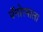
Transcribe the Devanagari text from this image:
पॅनोरमाला